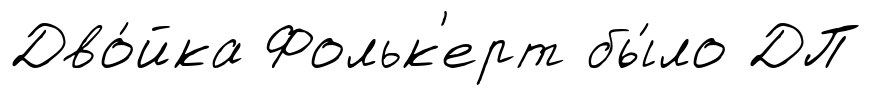
Дво́йка Фольк'ерт бы́ло ДП